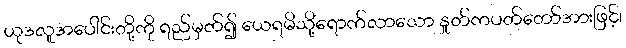
ယုဒလူအပေါင်းတို့ကို ရည်မှတ်၍ ယေရမိသို့ရောက်လာသော နှုတ်ကပတ်တော်အားဖြင့်၊